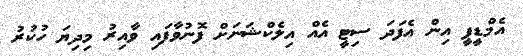
އެމްޑީޕީ އިން އެފަދަ ސިޓީ އެއް އިލެކްޝަނަށް ފޮނުވާފައި ވާއިރު މިދިޔަ ހުކުރު